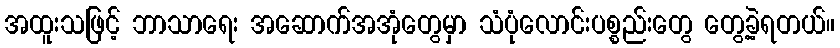
အထူးသဖြင့် ဘာသာရေး အဆောက်အအုံတွေမှာ သံပုံလောင်းပစ္စည်းတွေ တွေ့ခဲ့ရတယ်။